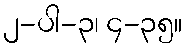
၂-ပါ-၃၊ ၄-၃၅။